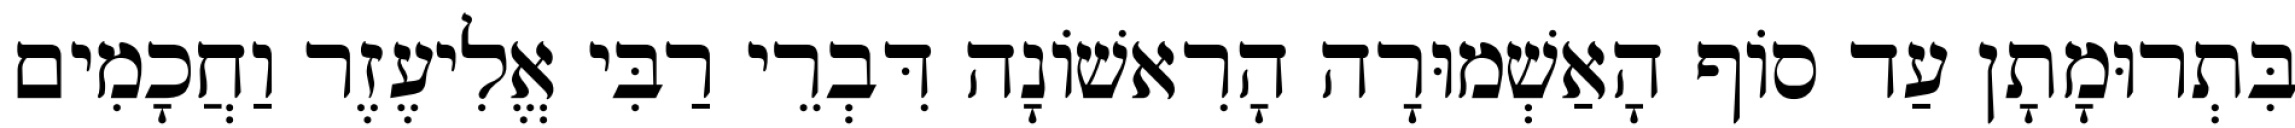
בִּתְרוּמָתָן עַד סוֹף הָאַשְׁמוּרָה הָרִאשׁוֹנָה דִּבְרֵי רַבִּי אֱלִיעֶזֶר וַחֲכָמִים